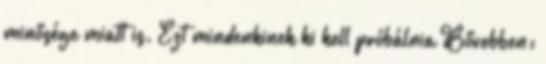
minősége miatt is. Ezt mindenkinek ki kell próbálnia Bővebben: